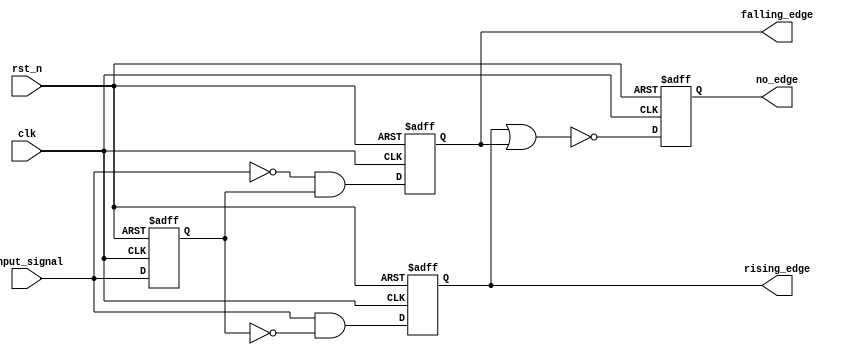
module edge_detector (
    input wire clk,                // Clock signal
    input wire rst_n,              // Active low reset
    input wire input_signal,       // Input signal to be monitored
    output reg rising_edge,        // Output signal for rising edge detection
    output reg falling_edge,       // Output signal for falling edge detection
    output reg no_edge             // Output signal for no edge
);

    // Memory block to hold the previous state of the input signal
    reg previous_state;

    // Always block to sample input signal and detect edges
    always @(posedge clk or negedge rst_n) begin
        if (!rst_n) begin
            // Reset condition
            previous_state <= 1'b0;  // Initialize previous state to low
            rising_edge <= 1'b0;      // Clear rising edge flag
            falling_edge <= 1'b0;     // Clear falling edge flag
            no_edge <= 1'b1;          // Set no edge to high
        end else begin
            // Edge detection logic
            rising_edge <= (input_signal && !previous_state);   // Rising edge condition
            falling_edge <= (!input_signal && previous_state);  // Falling edge condition
            no_edge <= !(rising_edge || falling_edge);          // No edge condition

            // Update previous state to current input signal
            previous_state <= input_signal;
        end
    end

endmodule